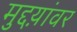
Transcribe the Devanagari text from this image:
मुद्दय़ांवर